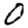
Digit: 0